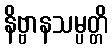
နိဗ္ဗာနသမ္ပတ္တိ